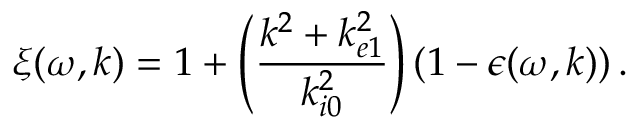
\xi ( \omega , \boldsymbol { k } ) = 1 + \left( \frac { k ^ { 2 } + k _ { e 1 } ^ { 2 } } { k _ { i 0 } ^ { 2 } } \right) ( 1 - \epsilon ( \omega , \boldsymbol { k } ) ) \, .